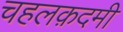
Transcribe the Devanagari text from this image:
चहलक़दमी